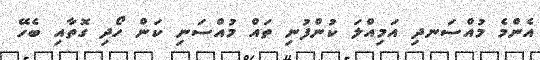
އެންމެ މުއްސަނދި އަމިއްލަ ކުންފުނި ތައް މުއްސަނި ކަން ހޯދި ގޮތާއި ބެހޭ